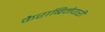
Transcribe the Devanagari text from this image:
कैराबिनेयरी